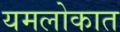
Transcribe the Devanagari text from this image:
यमलोकात